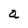
Character: a